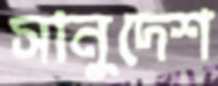
সানুদেশ